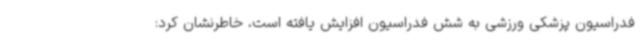
فدراسیون پزشکی ورزشی به شش فدراسیون افزایش یافته است، خاطرنشان کرد: